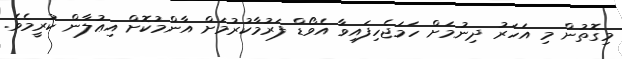
މިގޮތުން މި އަހަރު ދިނުމަށް ހަމަޖެހިފައިވާ އެވޯޑް ފަރުމާކުރުމަށް އާންމުކޮށް އިޢުލާން ކުރީމެވެ.